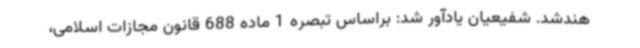
هندشد. شفیعیان یادآور شد: براساس تبصره 1 ماده 688 قانون مجازات اسلامی،